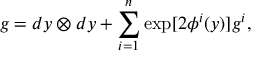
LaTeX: g = d y \otimes d y + \sum _ { i = 1 } ^ { n } \exp [ 2 { \phi ^ { i } } ( y ) ] g ^ { i } ,